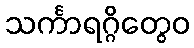
သင်္ကာရဂ္ဂိတွေဝ